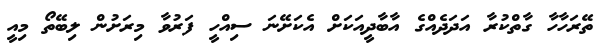
ތޭރަހާހާ ގާތްކުރާ އަދަދެއްގެ އާބާދީއަކަށް އެކަށޭނަ ސިއްހީ ފަރުވާ މިރަށުން ލިބޭތޯ މިއީ